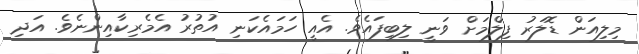
މިލިއަން ޑޮލަރު ފިލްމަށް ވަނީ ލިބިފައެވެ. އެއީ ހަމައެކަނި އުތުރު އެމެރިކާއިންނެވެ. އަދި